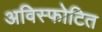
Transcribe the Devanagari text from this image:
अविस्फोटित